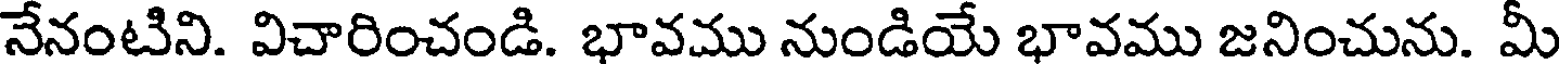
నేనంటిని. విచారించండి. భావము నుండియే భావము జనించును. మీ